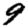
Digit: 9